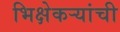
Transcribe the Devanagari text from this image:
भिक्षेकऱ्यांची